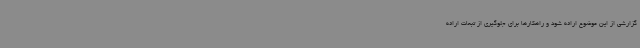
گزارشی از این موضوع ارائه شود و راهکارها برای جلوگیری از تبعات ارائه